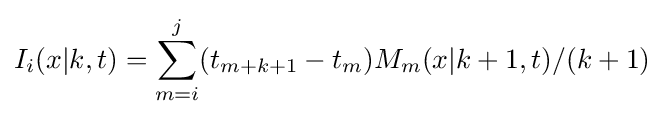
I_{i}(x|k,t)=\sum _{m=i}^{j}(t_{m+k+1}-t_{m})M_{m}(x|k+1,t)/(k+1)